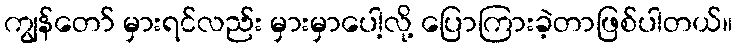
ကျွန်တော် မှားရင်လည်း မှားမှာပေါ့လို့ ပြောကြားခဲ့တာဖြစ်ပါတယ်။